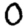
Digit: 0